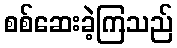
စစ်ဆေးခဲ့ကြသည်